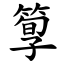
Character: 箰